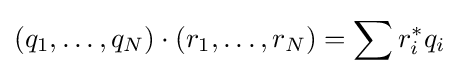
(q_{1},\ldots ,q_{N})\cdot (r_{1},\ldots ,r_{N})=\sum r_{i}^{*}q_{i}